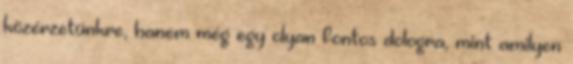
közérzetünkre, hanem még egy olyan fontos dologra, mint amilyen